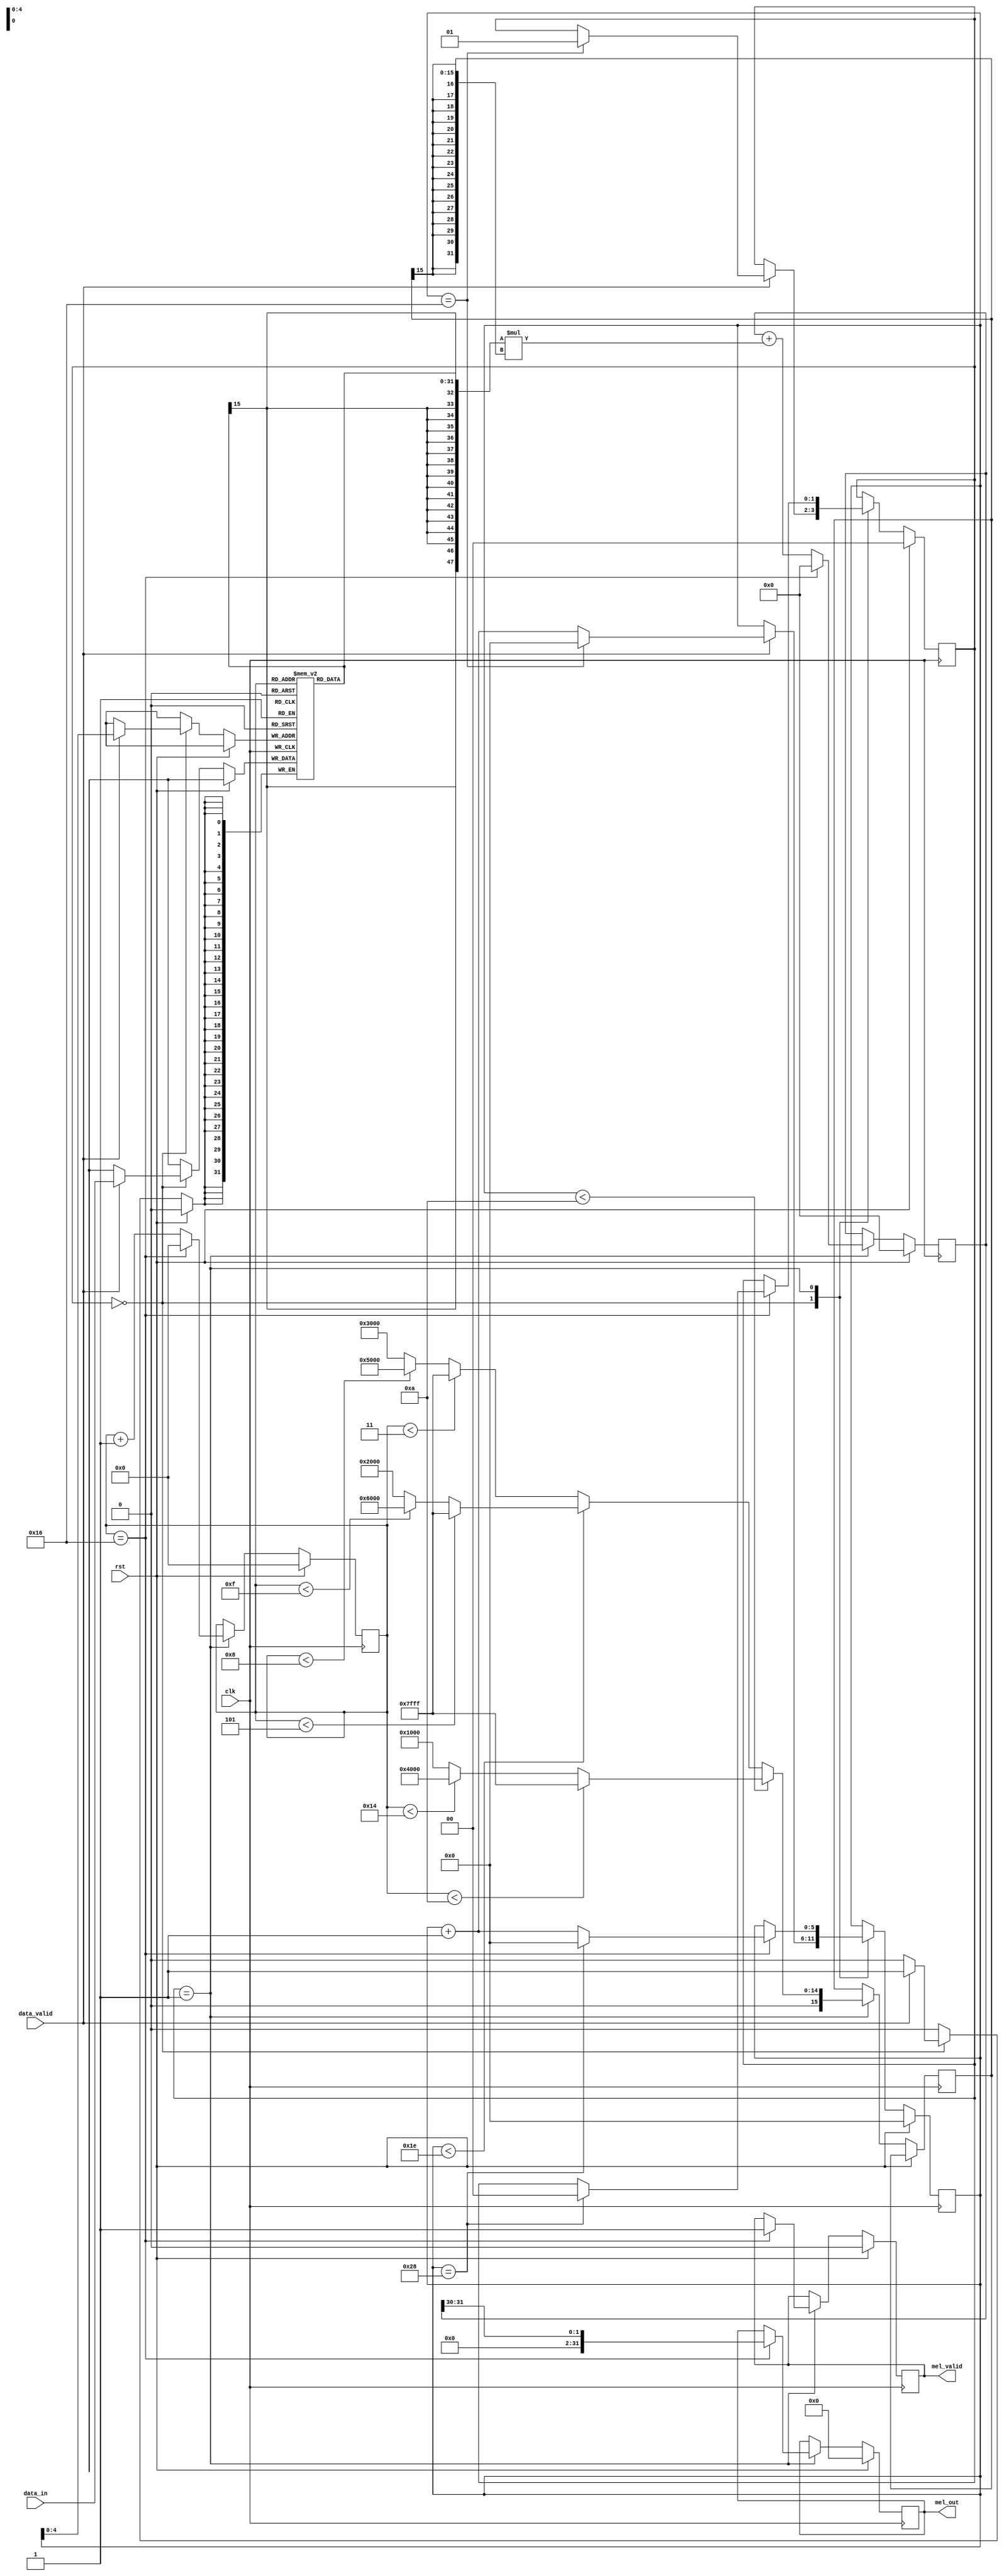
// This program was cloned from: https://github.com/Lefteris-B/ecko_efabless
// License: Apache License 2.0

module mel_filterbank #(
  parameter Q = 15,             // Number of fractional bits in the input data
  parameter NUM_FILTERS = 40,   // Number of Mel filters
  parameter FILTER_SIZE = 23,   // Size of each Mel filter
  parameter Q_M = 15            // Number of fractional bits for Mel filter coefficients
) (
    input wire clk,
    input wire rst,
    input wire signed [31:0] data_in, // INT32 Q30
    input wire data_valid,
    output reg signed [31:0] mel_out, // INT32 Q30
    output reg mel_valid
);

  localparam NUM_COEFFS = NUM_FILTERS * FILTER_SIZE;
  localparam COEFF_WIDTH = 16;

  reg signed [31:0] periodogram [0:FILTER_SIZE-1]; // INT32 Q30
  reg signed [15:0] coeff; // INT16 Q15
  reg signed [47:0] accumulator; // INT48 Q45
  reg [$clog2(NUM_FILTERS)-1:0] filter_counter;
  reg [$clog2(FILTER_SIZE)-1:0] coeff_counter;
  reg [1:0] state;

  // Mel filter coefficients
  function signed [COEFF_WIDTH-1:0] mel_coeff;
    input [$clog2(NUM_FILTERS)-1:0] filter_idx;
    input [$clog2(FILTER_SIZE)-1:0] coeff_idx;
    reg signed [COEFF_WIDTH-1:0] result;
    begin
      // Implement the Mel filter coefficient calculation here
      // based on the filter index and coefficient index
      if (filter_idx < 10) begin
        if (coeff_idx < 10)
          result = 16'h7FFF;
        else if (coeff_idx < 20)
          result = 16'h4000;
        else
          result = 16'h1000;
      end else if (filter_idx < 30) begin
        if (coeff_idx < 5)
          result = 16'h7FFF;
        else if (coeff_idx < 15)
          result = 16'h6000;
        else
          result = 16'h2000;
      end else begin
        if (coeff_idx < 3)
          result = 16'h7FFF;
        else if (coeff_idx < 8)
          result = 16'h5000;
        else
          result = 16'h3000;
      end
      mel_coeff = result;
    end
  endfunction

  always @(posedge clk) begin
    if (rst) begin
      filter_counter <= 0;
      coeff_counter <= 0;
      accumulator <= 0;
      mel_out <= 0;
      mel_valid <= 0;
      state <= 0;
    end else begin
      case (state)
        0: begin
          if (data_valid) begin
            periodogram[filter_counter[4:0]] <= data_in;
            filter_counter <= filter_counter + 1;
            if (filter_counter == FILTER_SIZE - 1) begin
              filter_counter <= 0;
              state <= 1;
            end
          end
        end

        1: begin
          coeff <= mel_coeff(filter_counter, coeff_counter);
          accumulator <= accumulator + {{16{periodogram[coeff_counter][15]}}, periodogram[coeff_counter]} * {{16{coeff[15]}}, coeff};
          coeff_counter <= coeff_counter + 1;

          if (coeff_counter == FILTER_SIZE - 1) begin
            mel_out <= accumulator[31:0] >>> (Q + Q_M);
            mel_valid <= 1;
            accumulator <= 0;
            coeff_counter <= 0;
            filter_counter <= filter_counter + 1;

            if (filter_counter == NUM_FILTERS) begin
              filter_counter <= 0;
              state <= 0;
            end
          end
        end
      endcase
    end
  end

endmodule